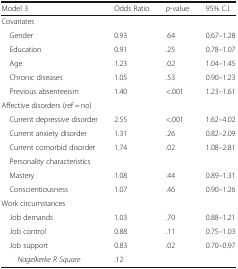
<table><thead><tr><td><b>Model 3</b></td><td><b>Odds Ratio</b></td><td><b><i>p</i>-value</b></td><td><b>95% C.I.</b></td></tr></thead><tbody><tr><td colspan="4">Covariates</td></tr><tr><td> Gender</td><td>0.93</td><td>.64</td><td>0.67–1.28</td></tr><tr><td> Education</td><td>0.91</td><td>.25</td><td>0.78–1.07</td></tr><tr><td> Age</td><td>1.23</td><td>.02</td><td>1.04–1.45</td></tr><tr><td> Chronic diseases</td><td>1.05</td><td>.53</td><td>0.90–1.23</td></tr><tr><td> Previous absenteeism</td><td>1.40</td><td>&lt;.001</td><td>1.23–1.61</td></tr><tr><td colspan="4">Affective disorders (ref = no)</td></tr><tr><td> Current depressive disorder</td><td>2.55</td><td>&lt;.001</td><td>1.62–4.02</td></tr><tr><td> Current anxiety disorder</td><td>1.31</td><td>.26</td><td>0.82–2.09</td></tr><tr><td> Current comorbid disorder</td><td>1.74</td><td>.02</td><td>1.08–2.81</td></tr><tr><td colspan="4"> Personality characteristics</td></tr><tr><td> Mastery</td><td>1.08</td><td>.44</td><td>0.89–1.31</td></tr><tr><td> Conscientiousness</td><td>1.07</td><td>.46</td><td>0.90–1.26</td></tr><tr><td colspan="4">Work circumstances</td></tr><tr><td> Job demands</td><td>1.03</td><td>.70</td><td>0.88–1.21</td></tr><tr><td> Job control</td><td>0.88</td><td>.11</td><td>0.75–1.03</td></tr><tr><td> Job support</td><td>0.83</td><td>.02</td><td>0.70–0.97</td></tr><tr><td><i>Nagelkerke R Square</i></td><td>.12</td><td></td><td></td></tr></tbody></table>